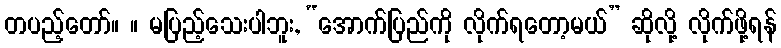
တပည့်တော်။ ။ မပြည့်သေးပါဘူး, “အောက်ပြည်ကို လိုက်ရတော့မယ်” ဆိုလို့ လိုက်ဖို့ရန်